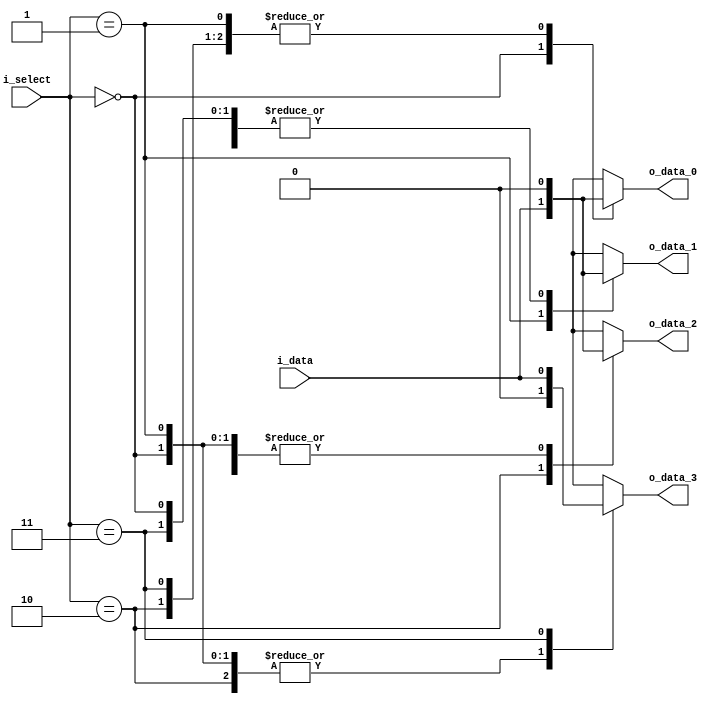
module demux_1to4 (
    input wire i_data,
    input wire [1:0] i_select,
    output reg o_data_0,
    output reg o_data_1,
    output reg o_data_2,
    output reg o_data_3
);

always @(*) begin
    case(i_select)
        2'b00: begin
            o_data_0 = i_data;
            o_data_1 = 0;
            o_data_2 = 0;
            o_data_3 = 0;
        end
        2'b01: begin
            o_data_0 = 0;
            o_data_1 = i_data;
            o_data_2 = 0;
            o_data_3 = 0;
        end
        2'b10: begin
            o_data_0 = 0;
            o_data_1 = 0;
            o_data_2 = i_data;
            o_data_3 = 0;
        end
        2'b11: begin
            o_data_0 = 0;
            o_data_1 = 0;
            o_data_2 = 0;
            o_data_3 = i_data;
        end
    endcase
end

endmodule